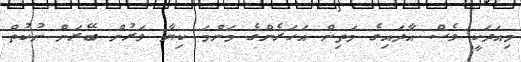
މިއަދަކީ ވެސް އާދައިގެ މަތިން އަހަރެންގެ މަންމަ ކިޔާ ވަރުން ބޭރަށް ނުކުތް